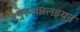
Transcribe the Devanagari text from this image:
गुरुजन्नलइयुन